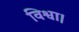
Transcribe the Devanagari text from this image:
विश्वा।